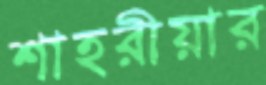
শাহরীয়ার